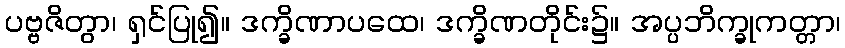
ပဗ္ဗဇိတွာ၊ ရှင်ပြု၍။ ဒက္ခိဏာပထေ၊ ဒက္ခိဏတိုင်း၌။ အပ္ပဘိက္ခုကတ္တာ၊